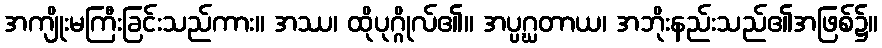
အကျိုးမကြီးခြင်းသည်ကား။ အဿ၊ ထိုပုဂ္ဂိုလ်၏။ အပ္ပဂ္ဃတာယ၊ အဘိုးနည်းသည်၏အဖြစ်၌။